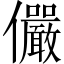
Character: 儼